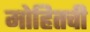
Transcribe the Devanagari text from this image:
मोहितची